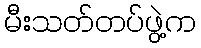
မီးသတ်တပ်ဖွဲ့က